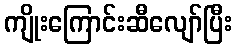
ကျိုးကြောင်းဆီလျော်ပြီး